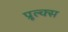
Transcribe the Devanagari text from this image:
प्रूल्क्स